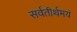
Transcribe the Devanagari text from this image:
सर्वतीर्थमयं